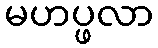
မဟပ္ဖလာ